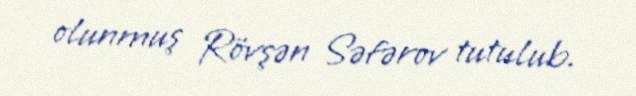
olunmuş Rövşən Səfərov tutulub.